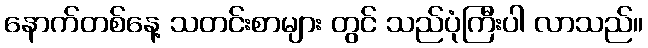
နောက်တစ်နေ့ သတင်းစာများ တွင် သည်ပုံကြီးပါ လာသည်။